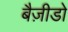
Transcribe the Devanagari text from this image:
बैज़ीडो